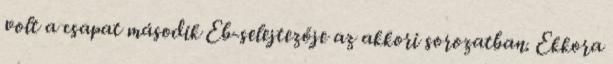
volt a csapat második Eb-selejtezője az akkori sorozatban. Ekkora